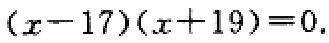
\((x - 17)(x + 19)=0\)